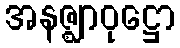
အနဇ္ဈာဝုဋ္ဌော